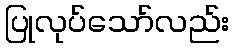
ပြုလုပ်သော်လည်း